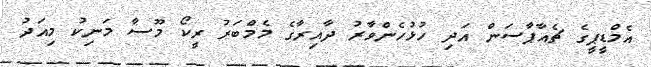
އެމްޑީޕީގެ ޗެއާޕާސަން އަދި ހުޅުހެންވާރު ދާއިރާގެ މެމްބަރު ރީކޯ މޫސާ މަނިކު މިއަދު